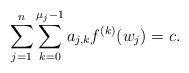
LaTeX: \begin{align*}\sum_{j=1}^n\sum_{k=0}^{\mu_j-1}a_{j,k}f^{(k)}(w_j)=c.\end{align*}